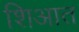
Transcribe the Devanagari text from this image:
शिआत